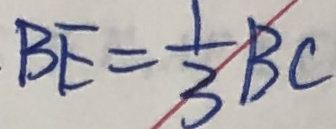
B E = \frac { 1 } { 3 } B C